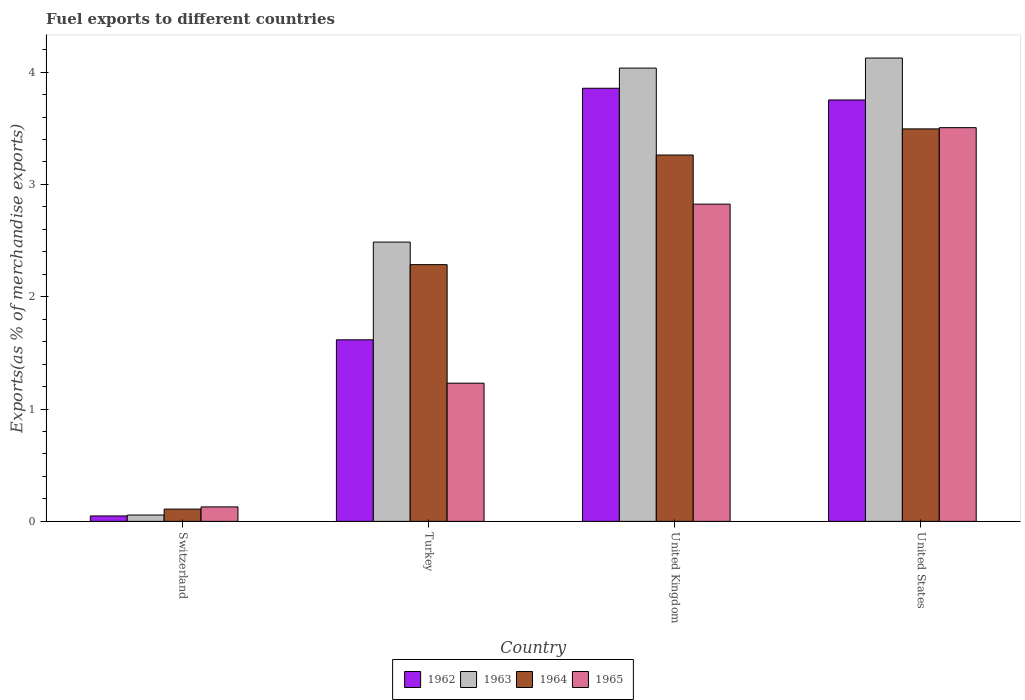
| Country | 1962 | 1963 | 1964 | 1965 |
 | --- | --- | --- | --- | --- |
 | Switzerland | 0.0482 | 0.0563 | 0.109 | 0.129 |
 | Turkey | 1.62 | 2.49 | 2.29 | 1.23 |
 | United Kingdom | 3.86 | 4.04 | 3.26 | 2.82 |
 | United States | 3.75 | 4.13 | 3.49 | 3.51 |